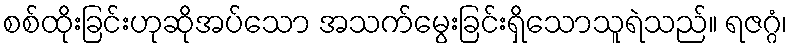
စစ်ထိုးခြင်းဟုဆိုအပ်သော အသက်မွေးခြင်းရှိသောသူရဲသည်။ ရဇဂ္ဂံ၊